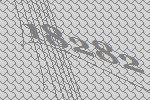
18282